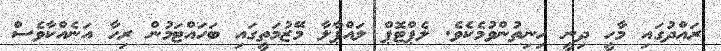
ރައްދުގައި މާހީ ދިނީ ހިނިތުންވުމެކެވެ. ލެޕްޓޮޕް ލައްޕާލާ މޭޒުމަތީގައި ބަހައްޓަމުން ރިހާ އަނެއްކާވެސް